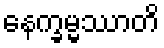
နေက္ခမ္မဿာတိ